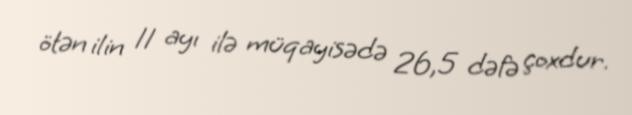
ötən ilin 11 ayı ilə müqayisədə 26,5 dəfə çoxdur.